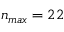
n _ { m a x } = 2 2